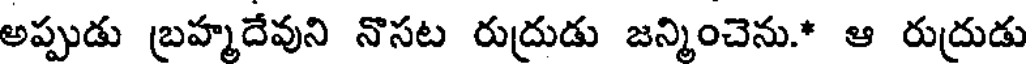
అప్పుడు బ్రహ్మదేవుని నొసట రుద్రుడు జన్మించెను.* ఆ రుద్రుడు